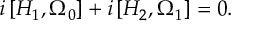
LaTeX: i \left[ H _ { 1 } , \Omega _ { 0 } \right] + i \left[ H _ { 2 } , \Omega _ { 1 } \right] = 0 .